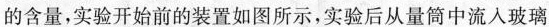
的含量，实验开始前的装置如图所示，实验后从量筒中流入玻璃